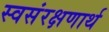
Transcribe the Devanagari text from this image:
स्वसंरक्षणार्थ